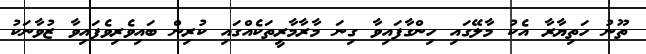
ތޫނު ހަތިޔާރާ އެކު މާލޭގައި ހިންގާފައިވާ ގިނަ މާރާމާރީތަކެއްގައި ކުރިން ބައިވެރިވެފައިވާ ޒުވާނަކު